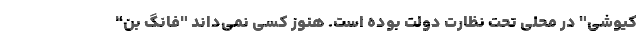
کیوشی" در محلی تحت نظارت دولت بوده است. هنوز کسی نمی‌داند "فانگ بن"